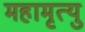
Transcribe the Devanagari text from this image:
महामृत्यु